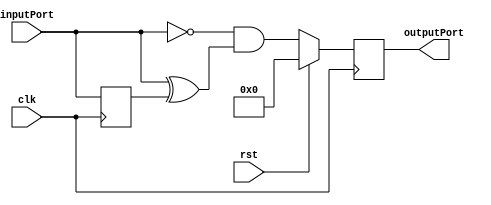
`timescale 1ns / 1ps
//////////////////////////////////////////////////////////////////////////////////
// Company: 
// Engineer: 
// 
// Design Name: 
// Module Name: interruptEdgeDetector
// Project Name: 
// Target Devices: 
// Tool Versions: 
// Description: 
// 
// Dependencies: 
// 
// Revision:
// Revision 0.01 - File Created
// Additional Comments:
// 
//////////////////////////////////////////////////////////////////////////////////


module interruptEdgeDetector(
    input [7:0] inputPort,
    input clk,
    input rst,
    output reg [7:0] outputPort
    );
    
    wire [7:0] nextOutput;
    reg [7:0] lastInput;
    
    assign nextOutput = (~inputPort & (inputPort ^ lastInput));
    
    always @(posedge clk) begin
        lastInput <= inputPort;
        if(rst) outputPort <= 0;
        else begin
            outputPort <= nextOutput;
        end
    end
    
endmodule